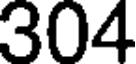
304